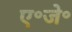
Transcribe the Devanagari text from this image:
ए॰जे॰